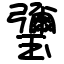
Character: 瓕